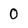
Character: 0